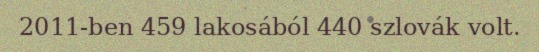
2011-ben 459 lakosából 440 szlovák volt.